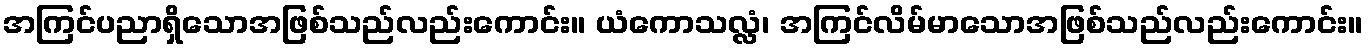
အကြင်ပညာရှိသောအဖြစ်သည်လည်းကောင်း။ ယံကောသလ္လံ၊ အကြင်လိမ်မာသောအဖြစ်သည်လည်းကောင်း။